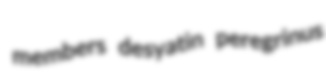
members desyatin peregrinus